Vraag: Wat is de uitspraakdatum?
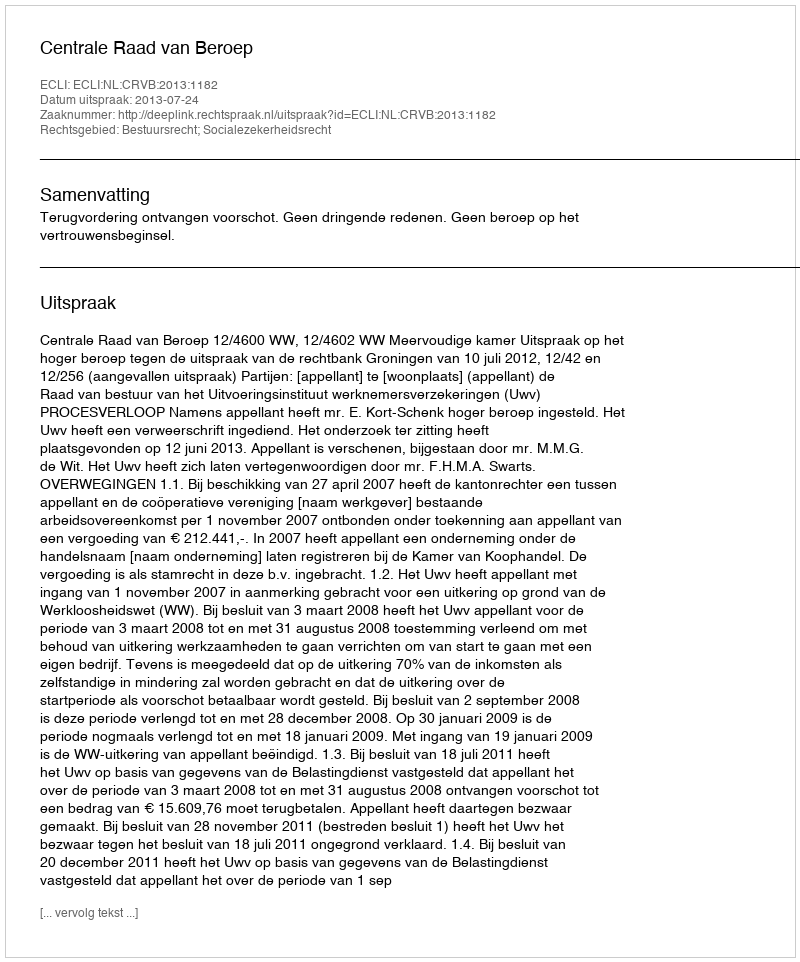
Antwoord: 2013-07-24